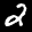
Label: 2